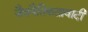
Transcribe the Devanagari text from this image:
जैवनैतिकतावादी